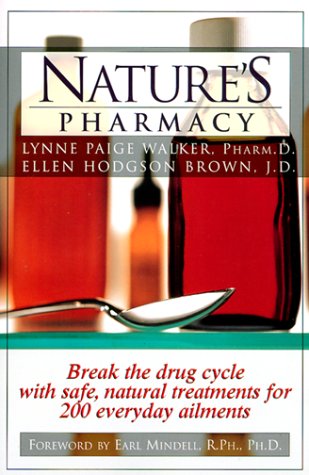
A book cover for Nature's Pharmacy; Lynne Paige Walker; Health, Fitness & Dieting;